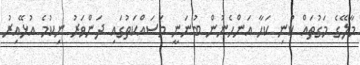
މާލޭގެ މަގުތައް ކުނި ކަހާ އަންހެނުން ބުނަނީ މަސައްކަތުގައި ދަންވަރު ނިކުމެ އުޅޭއިރު